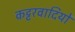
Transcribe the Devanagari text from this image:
कट्टरवादियों